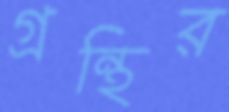
গ্রন্থির